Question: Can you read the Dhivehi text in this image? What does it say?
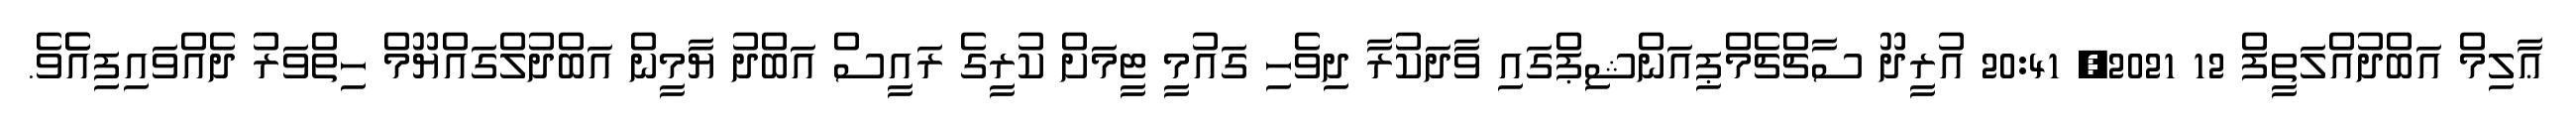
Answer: ޢާލިމް އަބްދުއްލަތީފް 12 2021, 20:41 އުރީދޫ ސާޗްޗެމްޕިއަންޝިޕްގައި ވާދަކުރާ ދިވެހި ގައުމީ ޓީމަށް ކުރީގެ ރައީސް އަބްދު ޔާމީން އަބްދުލްގައްޔޫމް ހިތްވަރު ދެއްވައިފިއެެވެ.